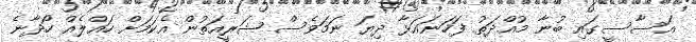
އަސާސީގައި ބުނާ މުއްދަތު ފަހަނައަޅާ ދިޔަ ނަމަވެސް ޝަރީއަތުން އެކަމަށް ހައްލެއް ހޯދާނެ